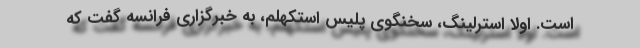
است. اولا استرلینگ، سخنگوی پلیس استکهلم، به خبرگزاری فرانسه گفت که